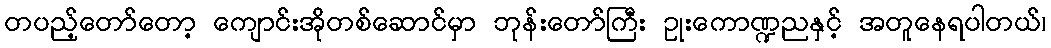
တပည့်တော်တော့ ကျောင်းအိုတစ်ဆောင်မှာ ဘုန်းတော်ကြီး ဥုးကောဏ္ဍညနှင့် အတူနေရပါတယ်၊